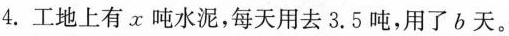
4.工地上有x吨水泥，每天用去3.5吨，用了b天。